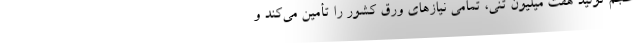
حجم تولید هفت میلیون تنی، تمامی نیازهای ورق کشور را تأمین می‌کند و